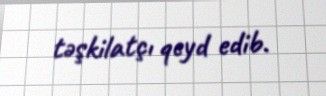
təşkilatçı qeyd edib.